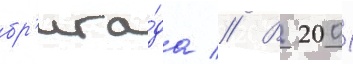
бр'ига́да // В 2001